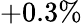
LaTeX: +0.3\%